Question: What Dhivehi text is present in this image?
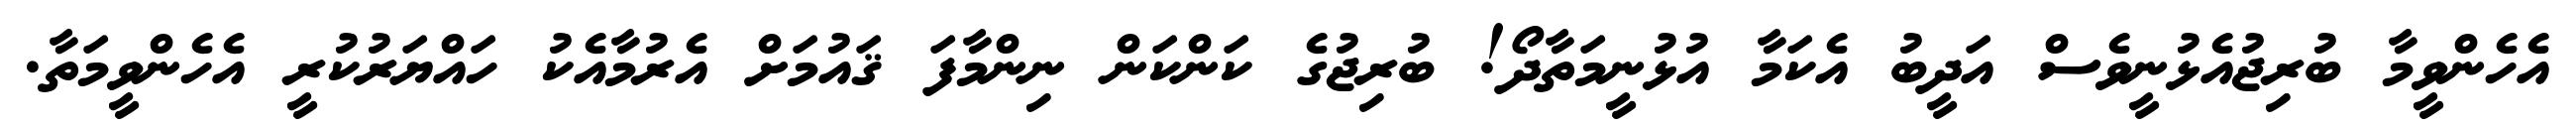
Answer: އެހެންވީމާ ބުރިޖުއެޅުނީވެސް އަދީބު އެކަމާ އުޅުނީމަތާދޯ! ބުރިޖުގެ ކަންކަން ނިންމާފަ ޤައުމަށް އެރުމާއެކު ހައްޔަރުކުރީ އެހެންވީމަތާ.